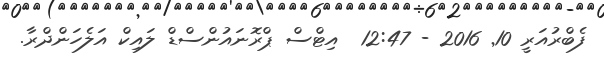
ފެބްރުއަރީ 10